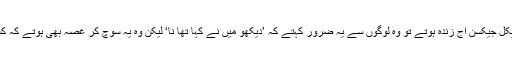
برٹ میٹ فڈز کا کہنا تھا کہ اگر مائیکل جیکسن آج زندہ ہوتے تو وہ لوگوں سے یہ ضرور کہتے کہ ’دیکھو میں نے کہا تھا نا‘ لیکن وہ یہ سوچ کر غصہ بھی ہوتے کہ کسی نے ان کی بات پر دھیان نہیں دیا۔